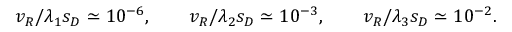
v _ { R } / { \lambda _ { 1 } s _ { D } } \simeq 1 0 ^ { - 6 } , \qquad v _ { R } / { \lambda _ { 2 } s _ { D } } \simeq 1 0 ^ { - 3 } , \qquad v _ { R } / { \lambda _ { 3 } s _ { D } } \simeq 1 0 ^ { - 2 } .